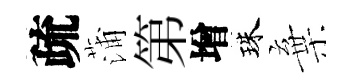
疏蒲第增珠棄